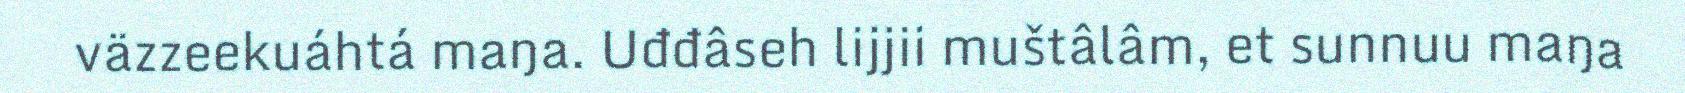
väzzeekuáhtá maŋa. Uđđâseh lijjii muštâlâm, et sunnuu maŋa